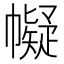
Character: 𢅟